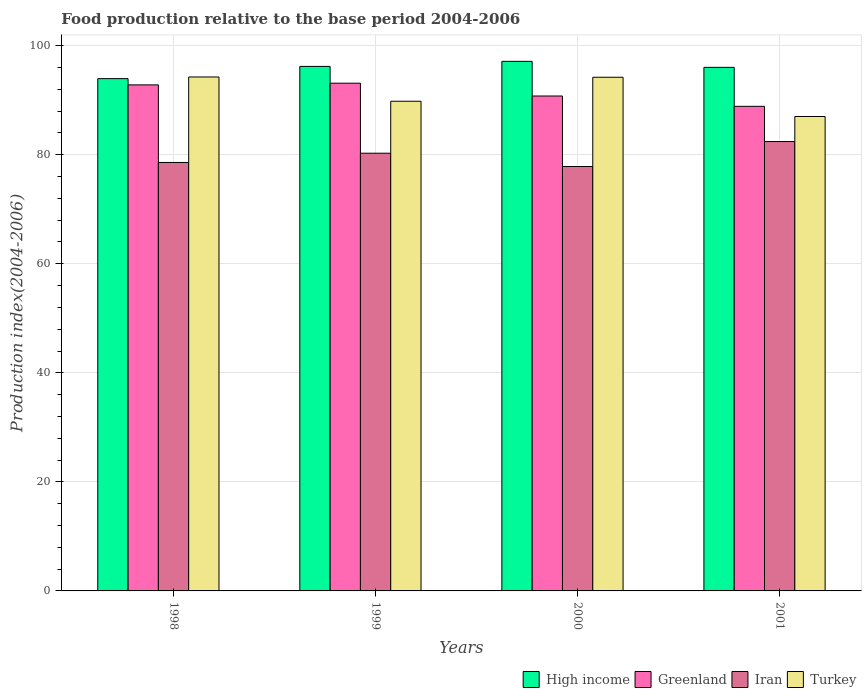
| Years | High income | Greenland | Iran | Turkey |
 | --- | --- | --- | --- | --- |
 | 1998 | 94 | 92.8 | 78.6 | 94.3 |
 | 1999 | 96.2 | 93.1 | 80.3 | 89.8 |
 | 2000 | 97.1 | 90.8 | 77.8 | 94.2 |
 | 2001 | 96 | 88.9 | 82.4 | 87 |